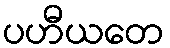
ပဟီယတေ